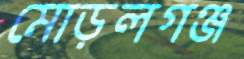
মোড়লগঞ্জ